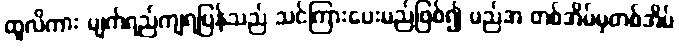
ထူလိကား မျက်ရည်ကျရပြန်သည် သင်ကြားပေးမည်ဖြစ်၍ မည်အ တစ်အိမ်မှတစ်အိမ်